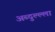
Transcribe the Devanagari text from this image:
अब्दुल्ल्ला